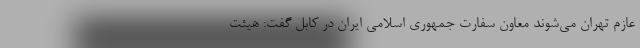
عازم تهران می‌شوند معاون سفارت جمهوری اسلامی ایران در کابل گفت: هیئت